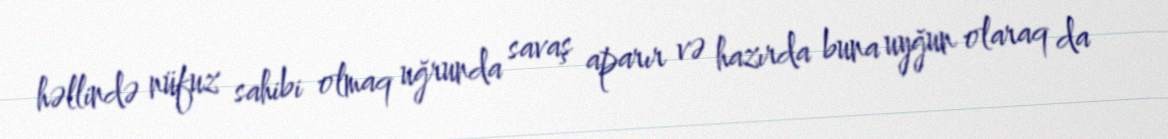
həllində nüfuz sahibi olmaq uğrunda savaş aparır və hazırda buna uyğun olaraq da